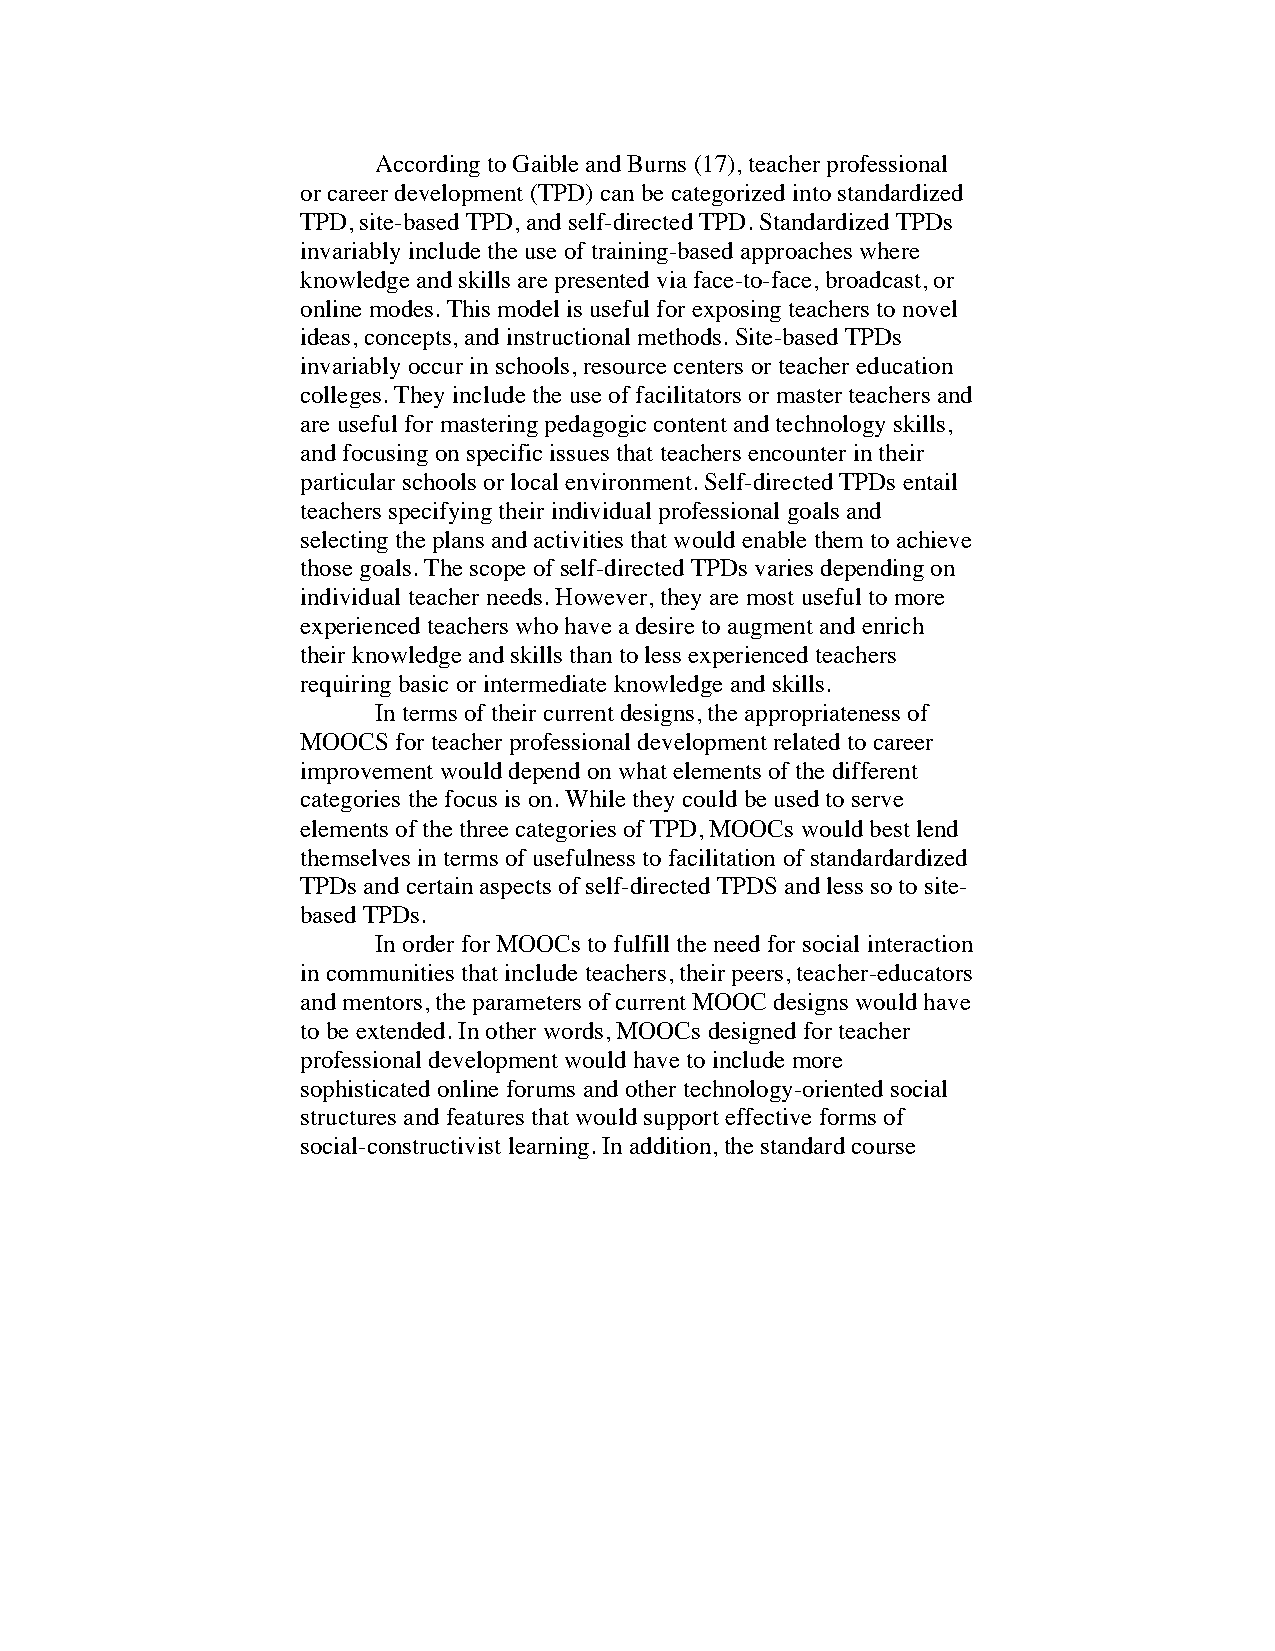
According to Gaible and Burns (17), teacher professional
 or career development (TPD) can be categorized into standardized
 TPD, site-based TPD, and self-directed TPD. Standardized TPDs
 invariably include the use of training-based approaches where
 knowledge and skills are presented via face-to-face, broadcast, or
 online modes. This model is useful for exposing teachers to novel
 ideas, concepts, and instructional methods. Site-based TPDs
 invariably occur in schools, resource centers or teacher education
 colleges. They include the use of facilitators or master teachers and
 are useful for mastering pedagogic content and technology skills,
 and focusing on specific issues that teachers encounter in their
 particular schools or local environment. Self-directed TPDs entail
 teachers specifying their individual professional goals and
 selecting the plans and activities that would enable them to achieve
 those goals. The scope of self-directed TPDs varies depending on
 individual teacher needs. However, they are most useful to more
 experienced teachers who have a desire to augment and enrich
 their knowledge and skills than to less experienced teachers
 requiring basic or intermediate knowledge and skills.
 In terms of their current designs, the appropriateness of
 MOOCS for teacher professional development related to career
 improvement would depend on what elements of the different
 categories the focus is on. While they could be used to serve
 elements of the three categories of TPD, MOOCs would best lend
 themselves in terms of usefulness to facilitation of standardardized
 TPDs and certain aspects of self-directed TPDS and less so to site-
 based TPDs.
 In order for MOOCs to fulfill the need for social interaction
 in communities that include teachers, their peers, teacher-educators
 and mentors, the parameters of current MOOC designs would have
 to be extended. In other words, MOOCs designed for teacher
 professional development would have to include more
 sophisticated online forums and other technology-oriented social
 structures and features that would support effective forms of
 social-constructivist learning. In addition, the standard course